Lunatic asylums United Provinces 1909-1921 - 1909-1921
Year: 1909
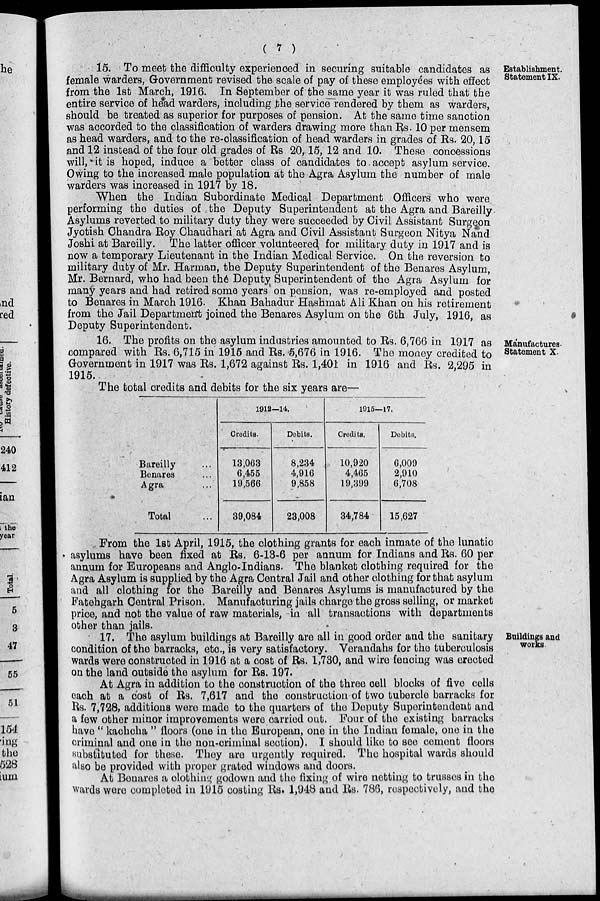
( 7 )
Establishment.
Statement IX.
15. To meet the difficulty experienced in securing suitable candidates as
female warders, Government revised the scale of pay of these employees with effect
from the 1st March, 1916. In September of the same year it was ruled that the
entire service of head warders, including the service rendered by them as warders,
should be treated as superior for purposes of pension. At the same time sanction
was accorded to the classification of warders drawing more than Rs. 10 per mensem
as head warders, and to the re-classification of head warders in grades of Rs. 20,15
and 12 instead of the four old grades of Rs 20,15, 12 and 10. These concessions
will, it is hoped, induce a better class of candidates to accept asylum service.
Owing to the increased male population at the Agra Asylum the number of male
warders was increased in 1917 by 18.
When the Indian Subordinate Medical Department Officers who were
performing the duties of the Deputy Superintendent at the Agra and Bareilly
Asylums reverted to military duty they were succeeded by Civil Assistant Surgeon
Jyotish Chandra Roy Chaudhari at Agra and Civil Assistant Surgeon Nitya Nand
Joshi at Bareilly. The latter officer volunteered for military duty in 1917 and is
now a temporary Lieutenant in the Indian Medical Service. On the reversion to
military duty of Mr. Harman, the Deputy Superintendent of the Benares Asylum,
Mr. Bernard, who had been the Deputy Superintendent of the Agra Asylum for
many years and had retired some years on pension, was re-employed and posted
to Benares in March 1916. Khan Bahadur Hashmat Ali Khan on his retirement
from the Jail Department joined the Benares Asylum on the 6th July, 1916, as
Deputy Superintendent.
Manufactures.
Statement X.
16. The profits on the asylum industries amounted to Rs. 6,766 in 1917 as
compared with Rs. 6,715 in 1915 and Rs. 5,676 in 1916. The money credited to
Government in 1917 was Rs. 1,672 against Rs. 1,401 in 1916 and Rs. 2,295 in
1915.
The total credits and debits for the six years are—
Bareilly ...
Benares ...
Agra ...
Total ...
1912—14.
Credits.
13,063
6,455
19,566
39,084
Debits.
8,234
4,916
9,858
23,008
1915—17.
Credits.
10,920
4,465
19,399
34,784
Debits.
6,009
2,910
6,708
15,627
From the 1st April, 1915, the clothing grants for each inmate of the lunatic
asylums have been fixed at Rs. 6-13-6 per annum for Indians and Rs. 60 per
annum for Europeans and Anglo-Indians. The blanket clothing required for the
Agra Asylum is supplied by the Agra Central Jail and other clothing for that asylum
and all clothing for the Bareilly and Benares Asylums is manufactured by the
Fatehgarh Central Prison. Manufacturing jails charge the gross selling, or market
price, and not the value of raw materials, in all transactions with departments
other than jails.
Buildings and
works
17. The asylum buildings at Bareilly are all in good order and the sanitary
condition of the barracks, etc., is very satisfactory. Verandahs for the tuberculosis
wards were constructed in 1916 at a cost of Rs. 1,730, and wire fencing was erected
on the land outside the asylum for Rs. 197.
At Agra in addition to the construction of the three cell blocks of five cells
each at a cost of Rs. 7,617 and the construction of two tubercle barracks for
Rs. 7,728, additions were made to the quarters of the Deputy Superintendent and
a few other minor improvements were carried out. Four of the existing barracks
have " kachcha " floors (one in the European, one in the Indian female, one in the
criminal and one in the non-criminal section). I should like to see cement floors
substituted for these. They are urgently required. The hospital wards should
also be provided with proper grated windows and doors.
At Benares a clothing godown and the fixing of wire netting to trusses in the
wards were completed in 1915 costing Rs. 1,948 and Rs. 786, respectively, and the